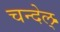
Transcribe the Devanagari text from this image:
चन्देल्